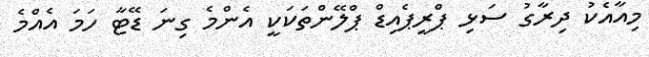
މިއާއެކު ދިރާގު ސަޅި ޕްރީޕެއިޑް ޕްލޭންތަކަކީ އެންމެ ގިނަ ޑޭޓާ ހަމަ އެއްމެ